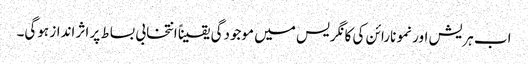
اب ہریش اور نمو نارائن کی کانگریس میں موجودگی یقیناً انتخابی بساط پر اثر انداز ہوگی۔